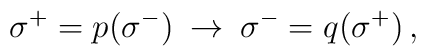
\: \sigma^{+} = p(\sigma^{-})  \:\rightarrow \: \sigma^{-} = q(\sigma^{+}) \,,\: